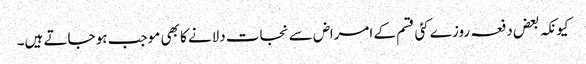
کیونکہ بعض دفعہ روزے کئی قسم کے امراض سے نجات دلانے کا بھی موجب ہو جاتے ہیں۔